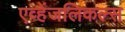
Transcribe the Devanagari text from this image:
एव्हेंजलिकल्स